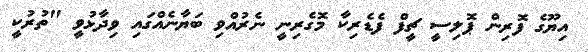
އިޔޫގެ ފޮރިން ޕޮލިސީ ޗީފް ފެޑެރިކާ މޮގެރިނީ ނެރުއްވި ބަޔާނެއްގައި ވިދާޅުވީ "ތުރުކީ